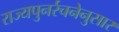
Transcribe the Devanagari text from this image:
राज्यपुनर्रचनेनुसार